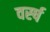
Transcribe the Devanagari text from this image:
वर्स्ष